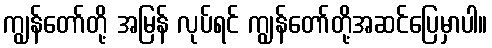
ကျွန်တော်တို့ အမြန် လုပ်ရင် ကျွန်တော်တို့အဆင်ပြေမှာပါ။